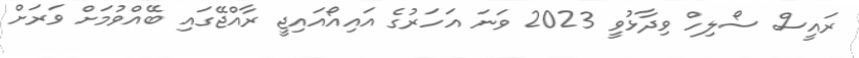
ރައީސް ސޯލިހް ވިދާޅުވީ 2023 ވަނަ އަހަރުގެ އައިއޯއައިޖީ ރާއްޖޭގައި ބޭއްވުމަށް ވަރަށް